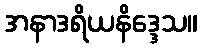
အနာဒရိယနိဒ္ဒေသ။